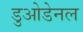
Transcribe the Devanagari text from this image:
डुओडेनल